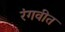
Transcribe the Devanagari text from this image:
रंगवीत